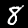
Digit: 8